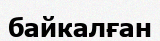
байкалған